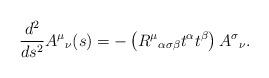
LaTeX: \begin{align*}{d^2\over ds^2} A^\mu{}_\nu (s)= - \left( R^\mu{}_{\alpha\sigma\beta} t^\alpha t^\beta \right)A^\sigma{}_\nu.\end{align*}